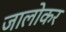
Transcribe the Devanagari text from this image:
जालोकर